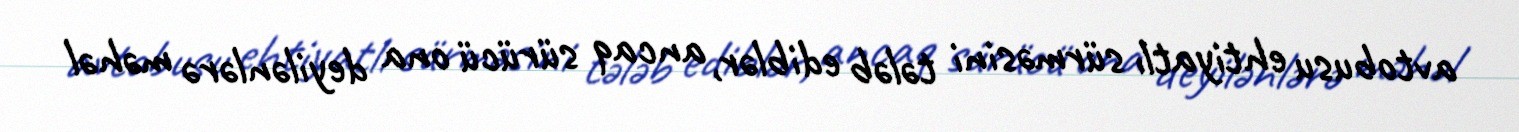
avtobusu ehtiyatlı sürməsini tələb ediblər, ancaq sürücü ona deyilənlərə məhəl